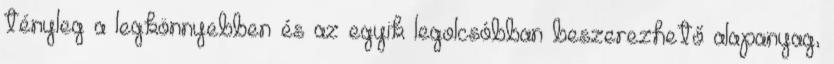
tényleg a legkönnyebben és az egyik legolcsóbban beszerezhető alapanyag,